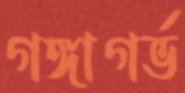
গঙ্গাগর্ভ